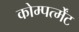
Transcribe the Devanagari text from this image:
कोम्पर्त्मेंट